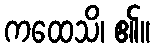
ကထေသိ၊ ၏။